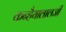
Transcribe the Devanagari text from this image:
कन्हैयालालजी